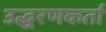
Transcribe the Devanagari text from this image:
उद्धरणकर्ता